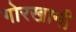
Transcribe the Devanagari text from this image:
गोरखानी